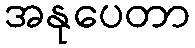
အနုပေတာ